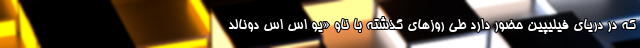
که در دریای فیلیپین حضور دارد طی روزهای گذشته با ناو «یو اس اس دونالد